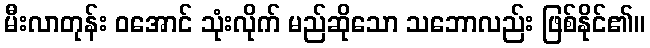
မီးလာတုန်း ဝအောင် သုံးလိုက် မည်ဆိုသော သဘောလည်း ဖြစ်နိုင်၏။